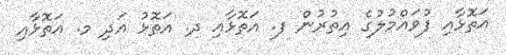
އަތޮޅާއި ފުވައްމުލުގެ އިތުރުން ފ. އަތޮޅާއި ދ. އަތޮޅު އަދި މ. އަތޮޅާއި